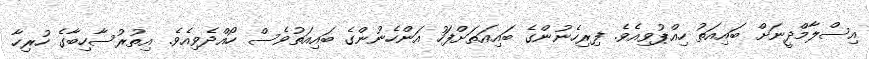
އިސްލާމްދީނަށް ބައިއަތު ހިއްޕުވިއެވެ. ފިރިހެނުންގެ ބައިއަތަށްފަހު އަންހެނުންގެ ބައިއަތުވެސް ހޯއްދެވިއެވެ. އިތުރުސާހިބާގެ ހުރިހާ